Sketch of the medical history of the native army of Bombay, for the year
Year: 1872
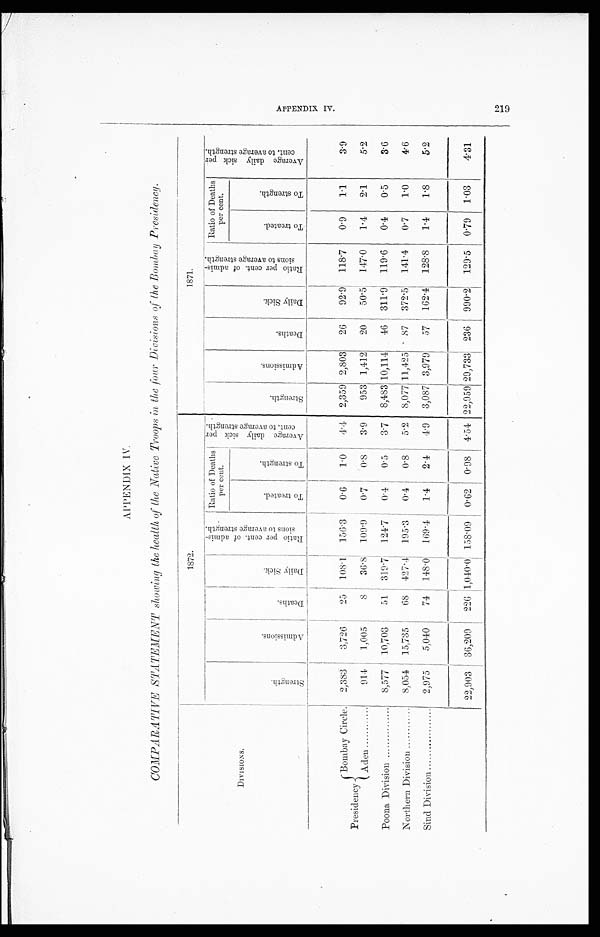
APPENDIX IV.
COMPARATIVE STATEMENT showing the health of the Native Troops in the four Divisions of the Bombay Presidency.
D I V I S I O N S .
1872.
1871.
S t r e n g t h .
A d m i s s i o n s .
D e a t h s .
D a i l y S i c k .
Ra t i o p e r c e n t . o f a d mi s - s i o n s t o a v e r a g e s t r e n g t h .
Ratio of Deaths
per cent.
A v e r a g e d a i l y s i c k p e r c e n t . t o a v e r a g e s t r e n g t h .
S t r e n g t h s .
A d m i s s i o n s .
D e a t h s .
D a i l y s i c k .
R a t i o p e r c e n t . o f a d m i s - s i o n s t o a v e r a g e s t r e n g t h . Ratio of Deaths
per cent.
A v e r a g e d a i l y s i c k p e r c e n t . t o a v e r a g e s t r e n g t h .
T o t r e a t e d .
T o s t r e n g t h .
T o t r e a t e d .
T o s t r e n g t h .
Presidency
Bombay Circle
2,383
3,726
25
108.1 156.3
0.6
1.0
4.4 2,359 2,803
26
92.9
118.7
0.9
1 . 1
3.9
Aden
914
1,005
8
36.8 109.9
0.7
0.8
3.9
953 1,412
20
50.5
147.0
1 . 4
2.1
5.2
Poona Division
8,577
10,703
51
319.7
124.7
0.4
0.5
3.7
8,483 10,114
46
311.9
119.6
0.4
0.5
3.6
Northern Division
8,054
15,735
6 8 427.4 195.3
0.4
0 . 8
5.2
8 , 0 7 7 11,425
87
372.5
141.4
0.7
1 . 0
4.6
Sind Division
2,975
5,040
74
148.0
169.4
1. 4
24
4.9 3,087 3,979
57 162.4 128.8
1.4
1 . 8
5.2
22,903
36,209
226 1,040.0 158.09
0.62
0.98
4. 54
2,959 29,733 236
990.2
129.5
0.79 1.03
4.31
A P P E N D I X I V .
219